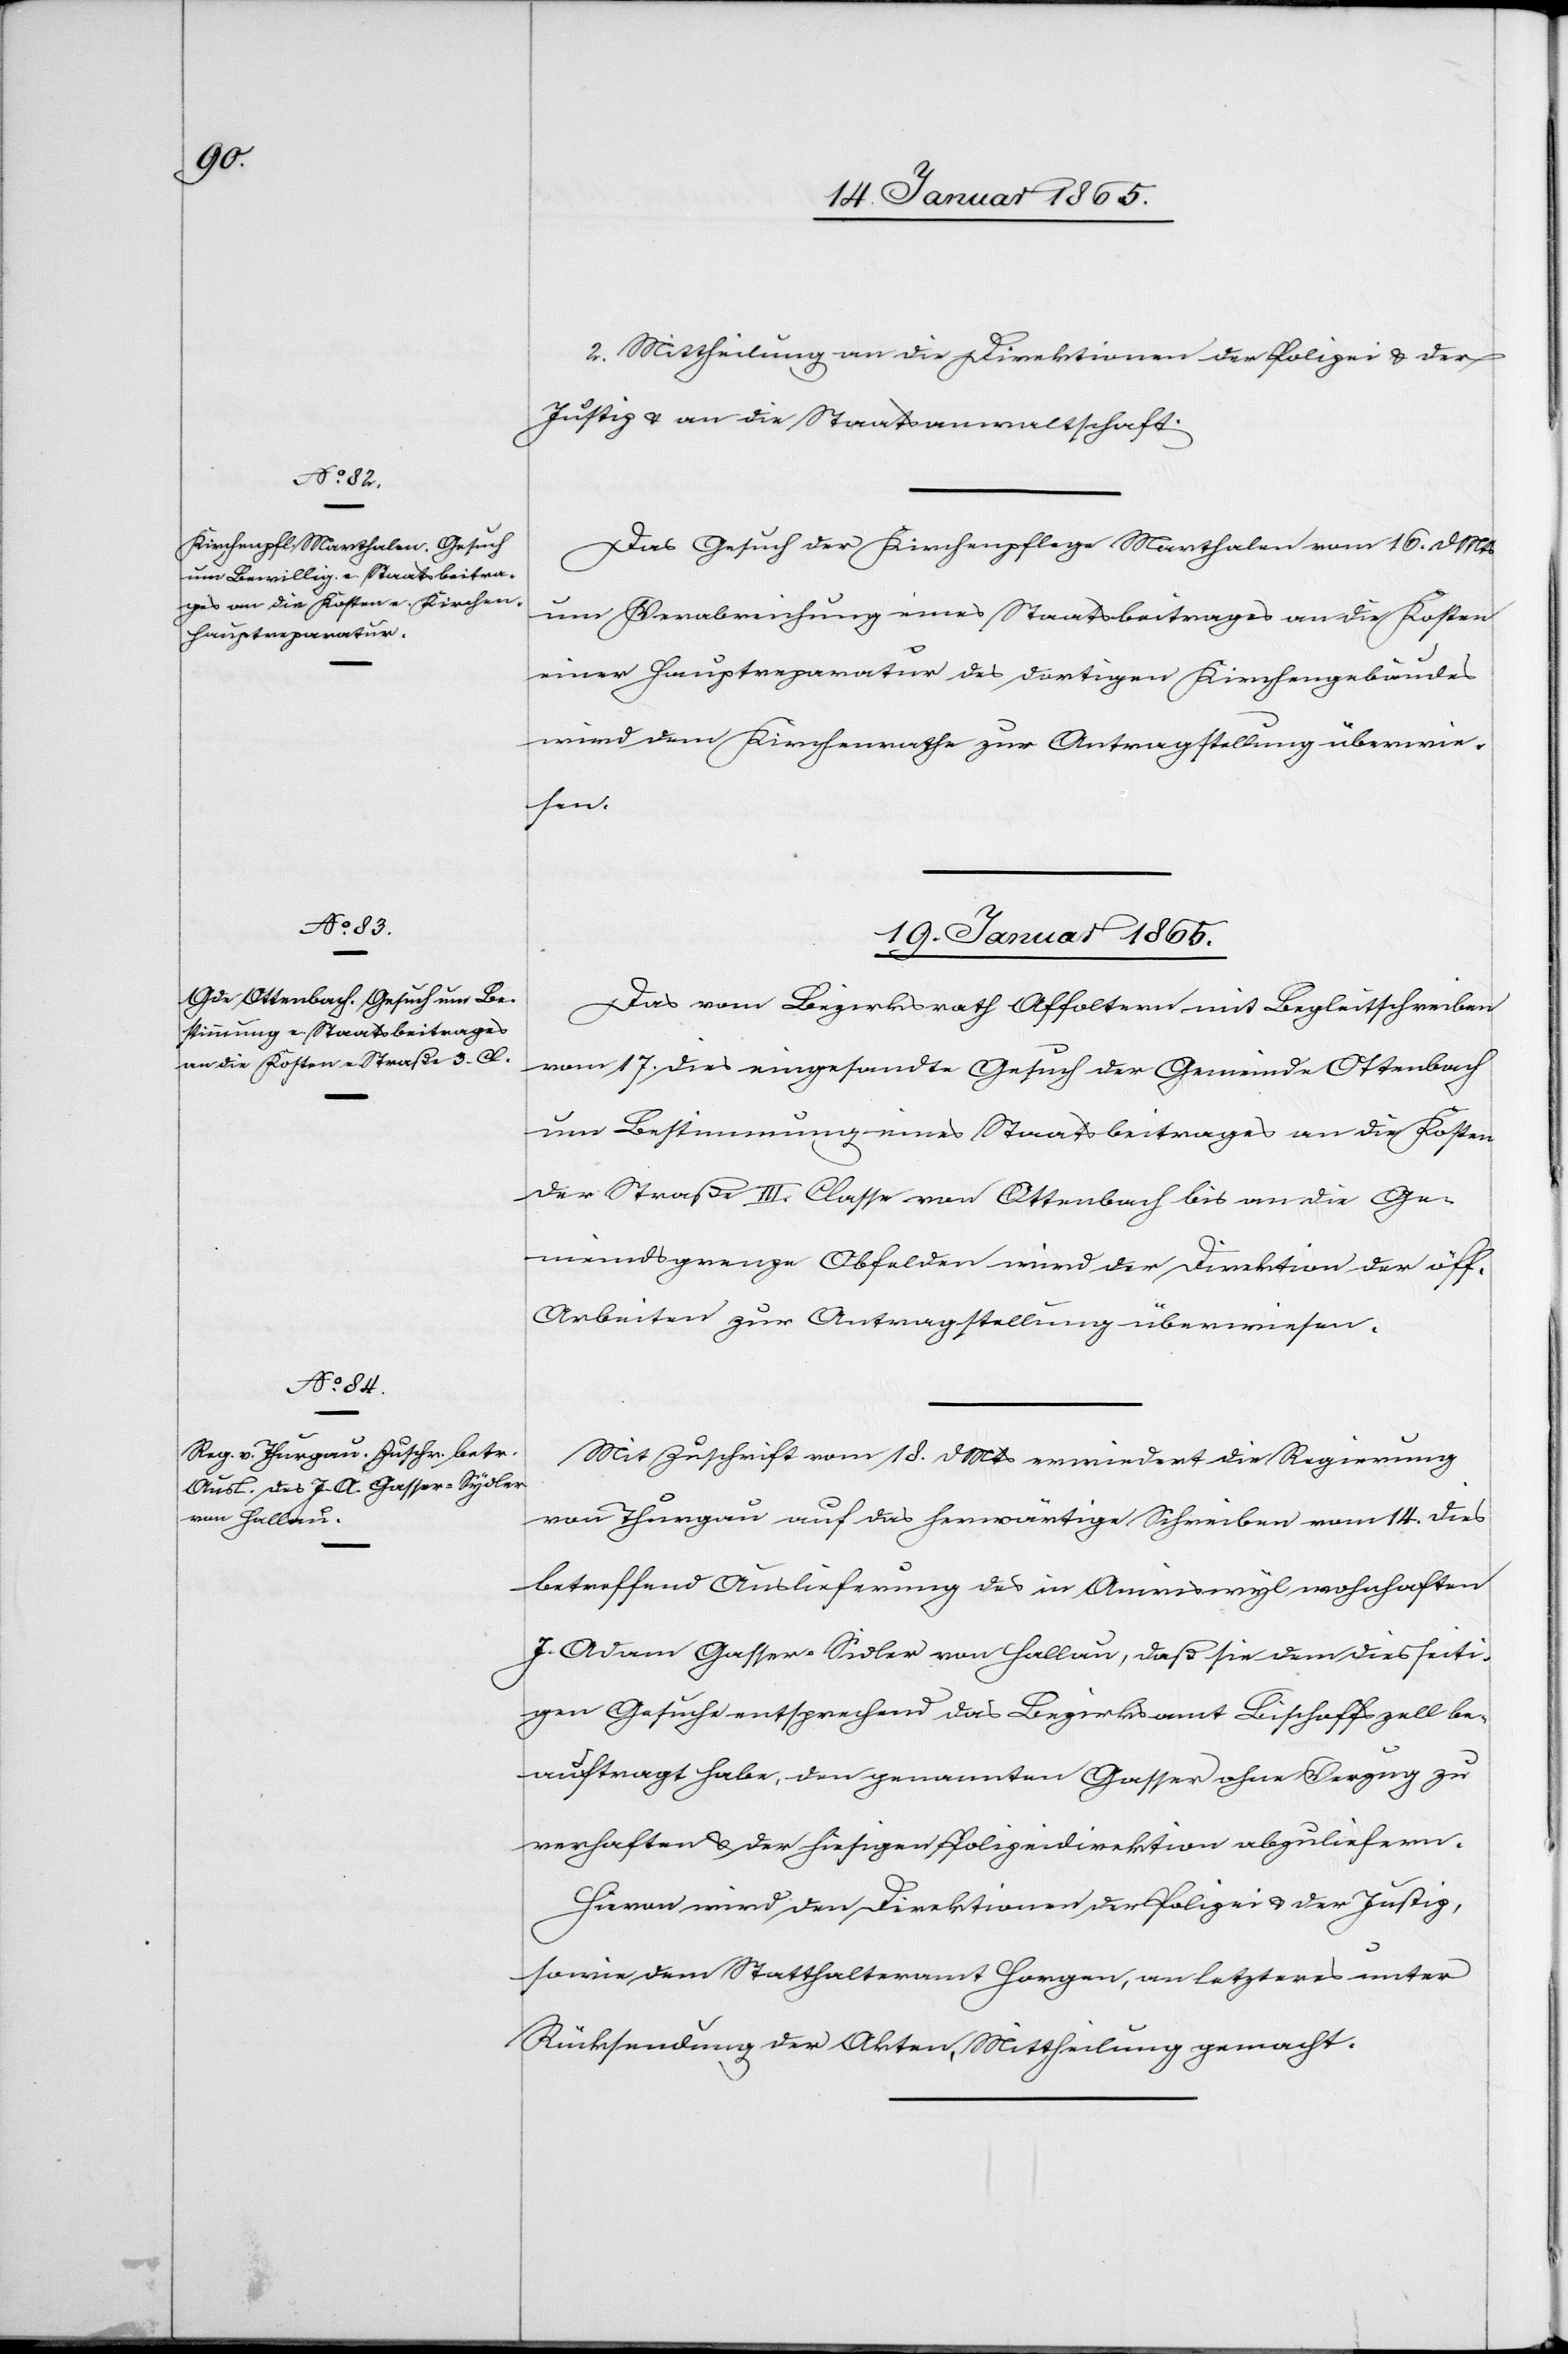
18. Januar 1865.]
2. Mittheilung an die Direktion der Polizei u. der
Justiz u. an die Staatsanwaltschaft.
Das Gesuch der Kirchenpflege Marthalen vom 16. d Mts
um Verabreichung eines Staatsbeitrages an die Kosten
einer Hauptreparatur des dortigen Kirchengebäudes
wird dem Kirchenrathe zur Antragstellung überwie¬
sen.
19. Januar 1865.]
Das vom Bezirksrath Affoltern mit Begleitschreiben
vom 17. dies eingesandte Gesuch der Gemeinde Ottenbach
um Bestimmung eines Staatsbeitrages an die Kosten
der Straße III. Classe von Ottenbach bis an die Ge¬
meindsgrenze Obfelden wird der Direktion der öff.
Arbeiten zur Antragstellung überwiesen.
Mit Zuschrift vom 18. d Mts erwiedert die Regierung
von Thurgau auf das herwärtige Schreiben vom14. dies
betreffend Auslieferung des in Amriswyl wohnhaften
J. Adam Gasser-Sidler [sic!] von Hallau, daß sie dem diesseiti¬
gen Gesuche entsprechend das Bezirksamt Bischoffszell be¬
auftragt habe, den genannten Gasser ohne Verzug zu
verhaften u. der hiesigen Polizeidirektion abzuliefern.
Hievon wird den Direktionen der Polizei u. der Justiz,
sowie dem Statthalteramt Horgen, an letzteres unter
Rücksendung der Akten, Mittheilung gemacht.